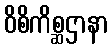
ဝိစိကိစ္ဆဌာနာ